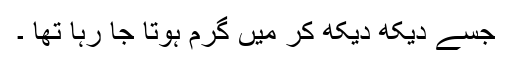
جسے دیکھ دیکھ کر میں گرم ہوتا جا رہا تھا ۔